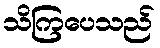
သိကြပေသည်